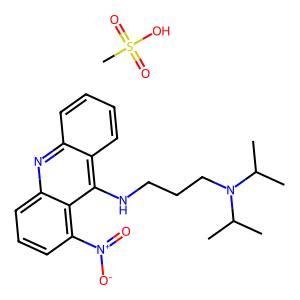
SMILES: CC(C)N(CCCNc1c2ccccc2nc2cccc([N+](=O)[O-])c12)C(C)C.CS(=O)(=O)O
Inhibits HIV replication: No